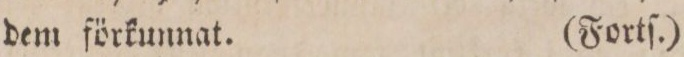
dem förkunnat.    (Fortſ.)